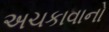
અચકાવાનો